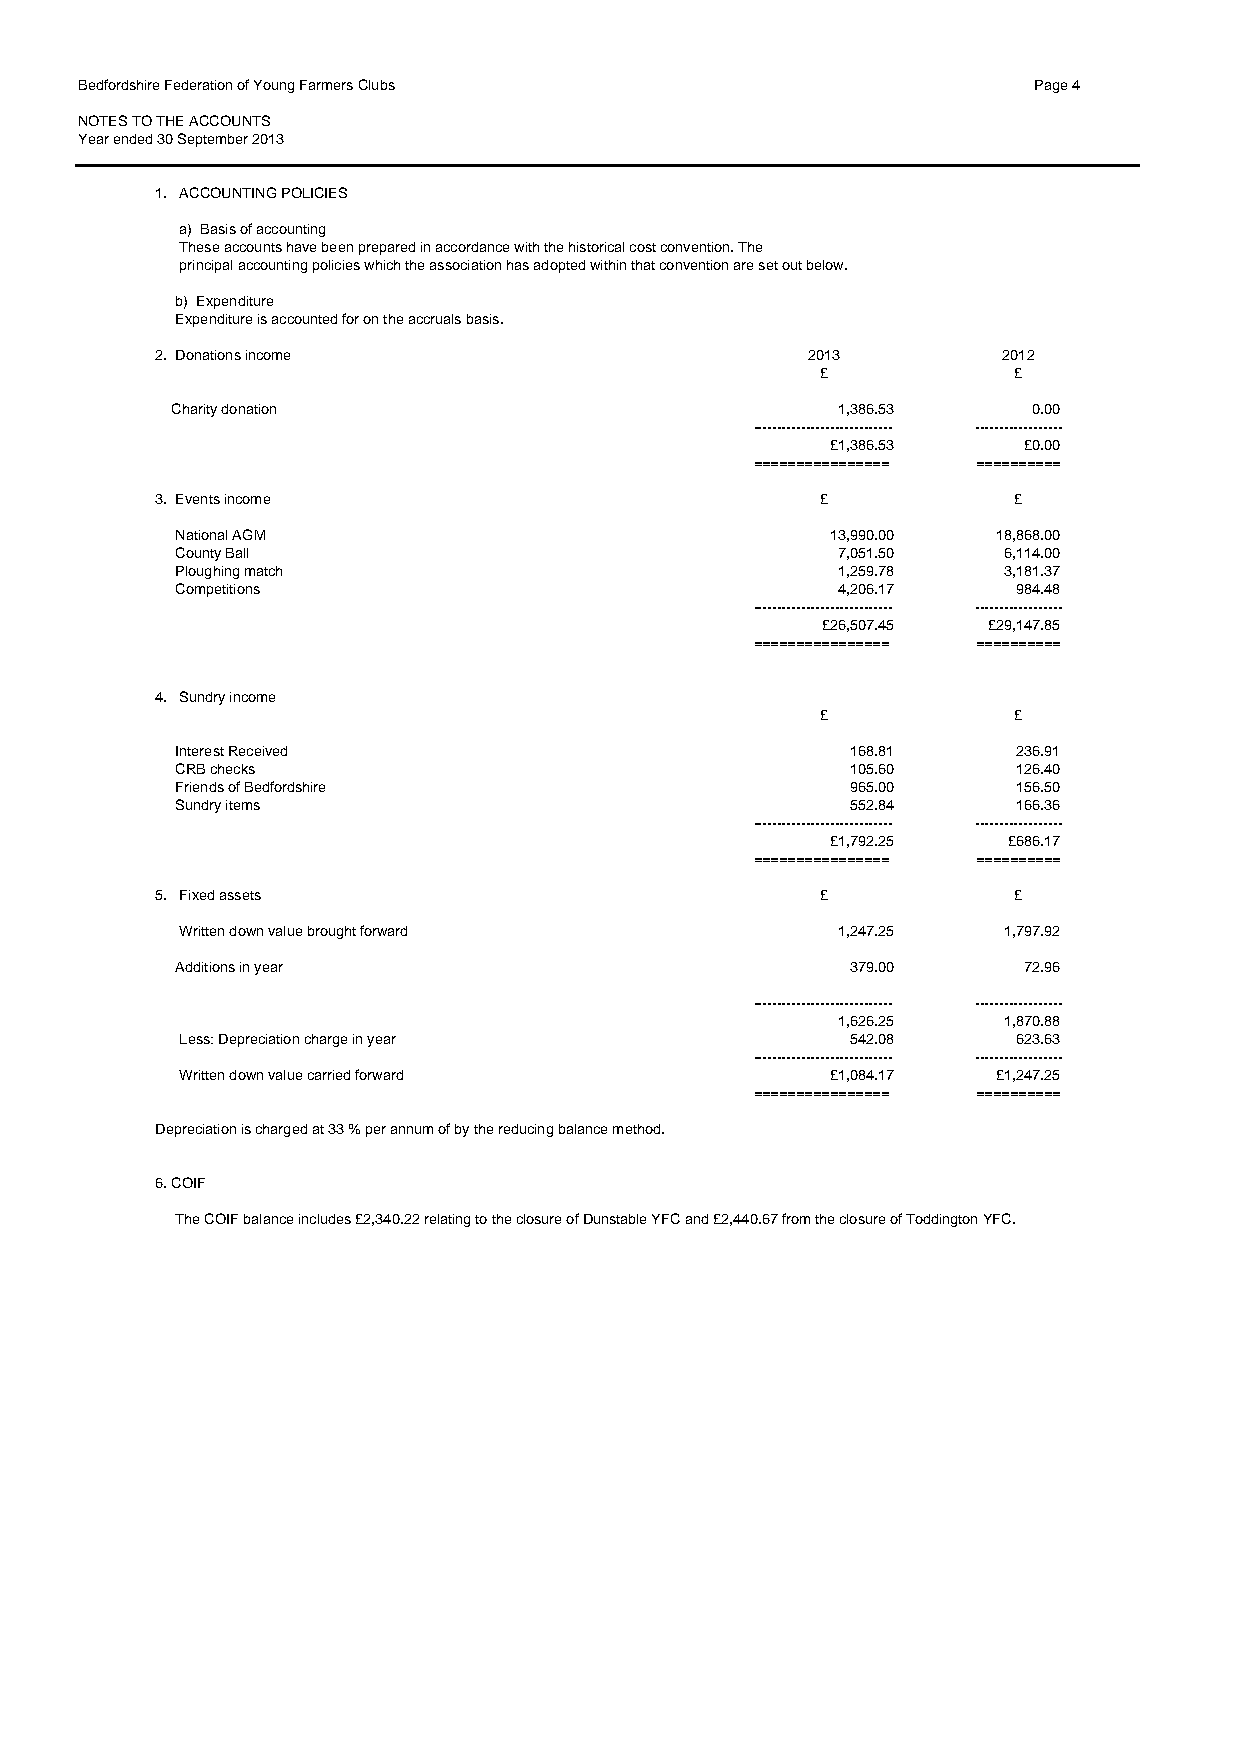
Bedfordshire Federation of Young Farmers Clubs                 Page 4
 NOTES TO THE ACCOUNTS
 Year ended 30 September 2013
 1. ACCOUNTING POLICIES
 a) Basis of accounting
 These accounts have been prepared in accordance with the historical cost convention. The
 principal accounting policies which the association has adopted within that convention are set out below.
 b) Expenditure
 Expenditure is accounted for on the accruals basis.
 2. Donations income                        2013         2012
 £            £
 Charity donation                            1,386.53     0.00
 ----------------------------- ------------------
 £1,386.53    £0.00
 ================ ==========
 3. Events income                            £            £
 National AGM                               13,990.00  18,868.00
 County Ball                                7,051.50   6,114.00
 Ploughing match                            1,259.78   3,181.37
 Competitions                               4,206.17    984.48
 ----------------------------- ------------------
 £26,507.45 £29,147.85
 ================ ==========
 4. Sundry income
 £            £
 Interest Received                           168.81     236.91
 CRB checks                                  105.60     126.40
 Friends of Bedfordshire                     965.00     156.50
 Sundry items                                552.84     166.36
 ----------------------------- ------------------
 £1,792.25   £686.17
 ================ ==========
 5. Fixed assets                             £            £
 Written down value brought forward         1,247.25   1,797.92
 Additions in year                           379.00      72.96
 ----------------------------- ------------------
 1,626.25   1,870.88
 Less: Depreciation charge in year           542.08     623.63
 ----------------------------- ------------------
 Written down value carried forward         £1,084.17  £1,247.25
 ================ ==========
 Depreciation is charged at 33 % per annum of by the reducing balance method.
 6. COIF
 The COIF balance includes £2,340.22 relating to the closure of Dunstable YFC and £2,440.67 from the closure of Toddington YFC.